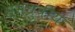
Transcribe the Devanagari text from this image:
समध्रुवीय